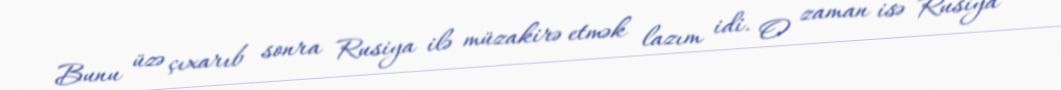
Bunu üzə çıxarıb sonra Rusiya ilə müzakirə etmək lazım idi. O zaman isə Rusiya